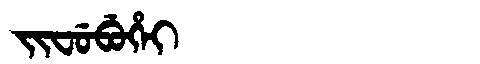
Manchu: ᠵᡳᠸᡠᠪᡠᡥᡝᡳ
Romanization: JIFUBUHEI